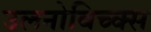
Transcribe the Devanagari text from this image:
उलनोविच्क्स